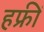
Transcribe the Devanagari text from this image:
हफ्रीं